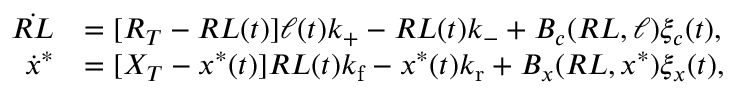
\begin{array} { r l } { \dot { R L } } & { = [ R _ { T } - R L ( t ) ] \ell ( t ) k _ { + } - R L ( t ) k _ { - } + B _ { c } ( R L , \ell ) \xi _ { c } ( t ) , } \\ { \dot { x } ^ { * } } & { = [ X _ { T } - x ^ { * } ( t ) ] R L ( t ) { k _ { \mathrm { f } } } - x ^ { * } ( t ) { k _ { \mathrm { r } } } + B _ { x } ( R L , x ^ { \ast } ) \xi _ { x } ( t ) , } \end{array}